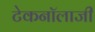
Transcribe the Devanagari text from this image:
टेकनॉलाजी